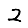
Digit: 2